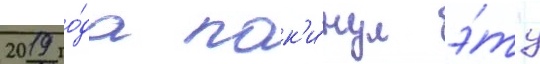
2019 го́да пок'и́нул э́ту